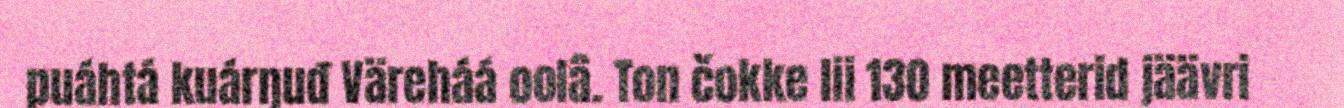
puáhtá kuárŋuđ Väreháá oolâ. Ton čokke lii 130 meetterid jäävri